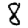
Digit: 8